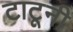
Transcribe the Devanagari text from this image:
टाटूनी